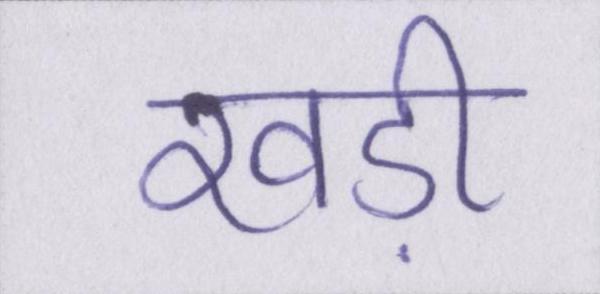
खड़ी